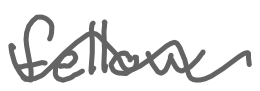
Text: fellow
Cross-out: wave
Writing tool: digital_gray